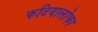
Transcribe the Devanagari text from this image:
फटियालोफा